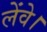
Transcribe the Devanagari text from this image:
लेंवे।